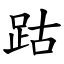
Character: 跍